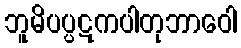
ဘူမိပပ္ပဋကပါတုဘာဝေါ